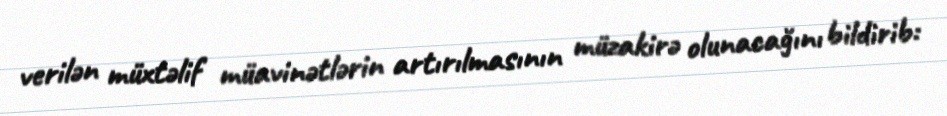
verilən müxtəlif müavinətlərin artırılmasının müzakirə olunacağını bildirib: